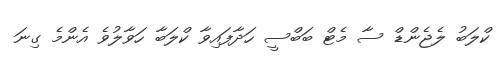
ކްލަބު ލެޖެންޑް ސާ މެޓް ބަބްސީ ހަދާފައިވާ ކްލަބާ ހަވާލުވެ އެންމެ ގިނަ